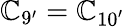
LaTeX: \mathbb{C}_{9^{\prime}}=\mathbb{C}_{10^{\prime}}